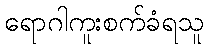
ရောဂါကူးစက်ခံရသူ